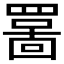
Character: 𫅊